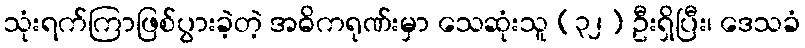
သုံးရက်ကြာဖြစ်ပွားခဲ့တဲ့ အဓိကရုဏ်းမှာ သေဆုံးသူ (၃၂) ဦးရှိပြီး၊ ဒေသခံ